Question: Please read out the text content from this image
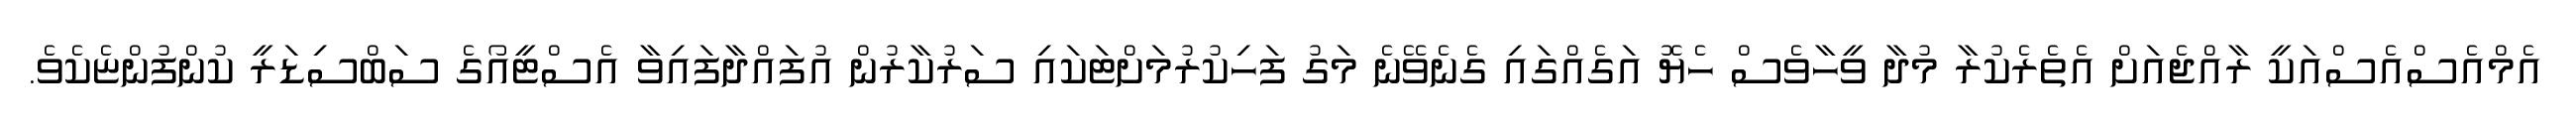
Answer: އެމްއެސްއެސްއަކީ ރާއްޖެއަށް އެތެރެކުރާ މުދާ ވީހާވެސް ހެޔޮ އަގެއްގައި ގެނެވޭނެ މަގު ފަހިކުރުމަށްޓަކައި ސަރުކާރުން އުފައްދާފައިވާ އެސްޓީއޯގެ ސަބްސިޑަރީ ކުންފުންޏެކެވެ.